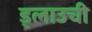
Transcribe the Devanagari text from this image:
ड्लाउची